65_HS1-834228961_62-HQ-83894_Section_6
Agency: FBI
Page 8
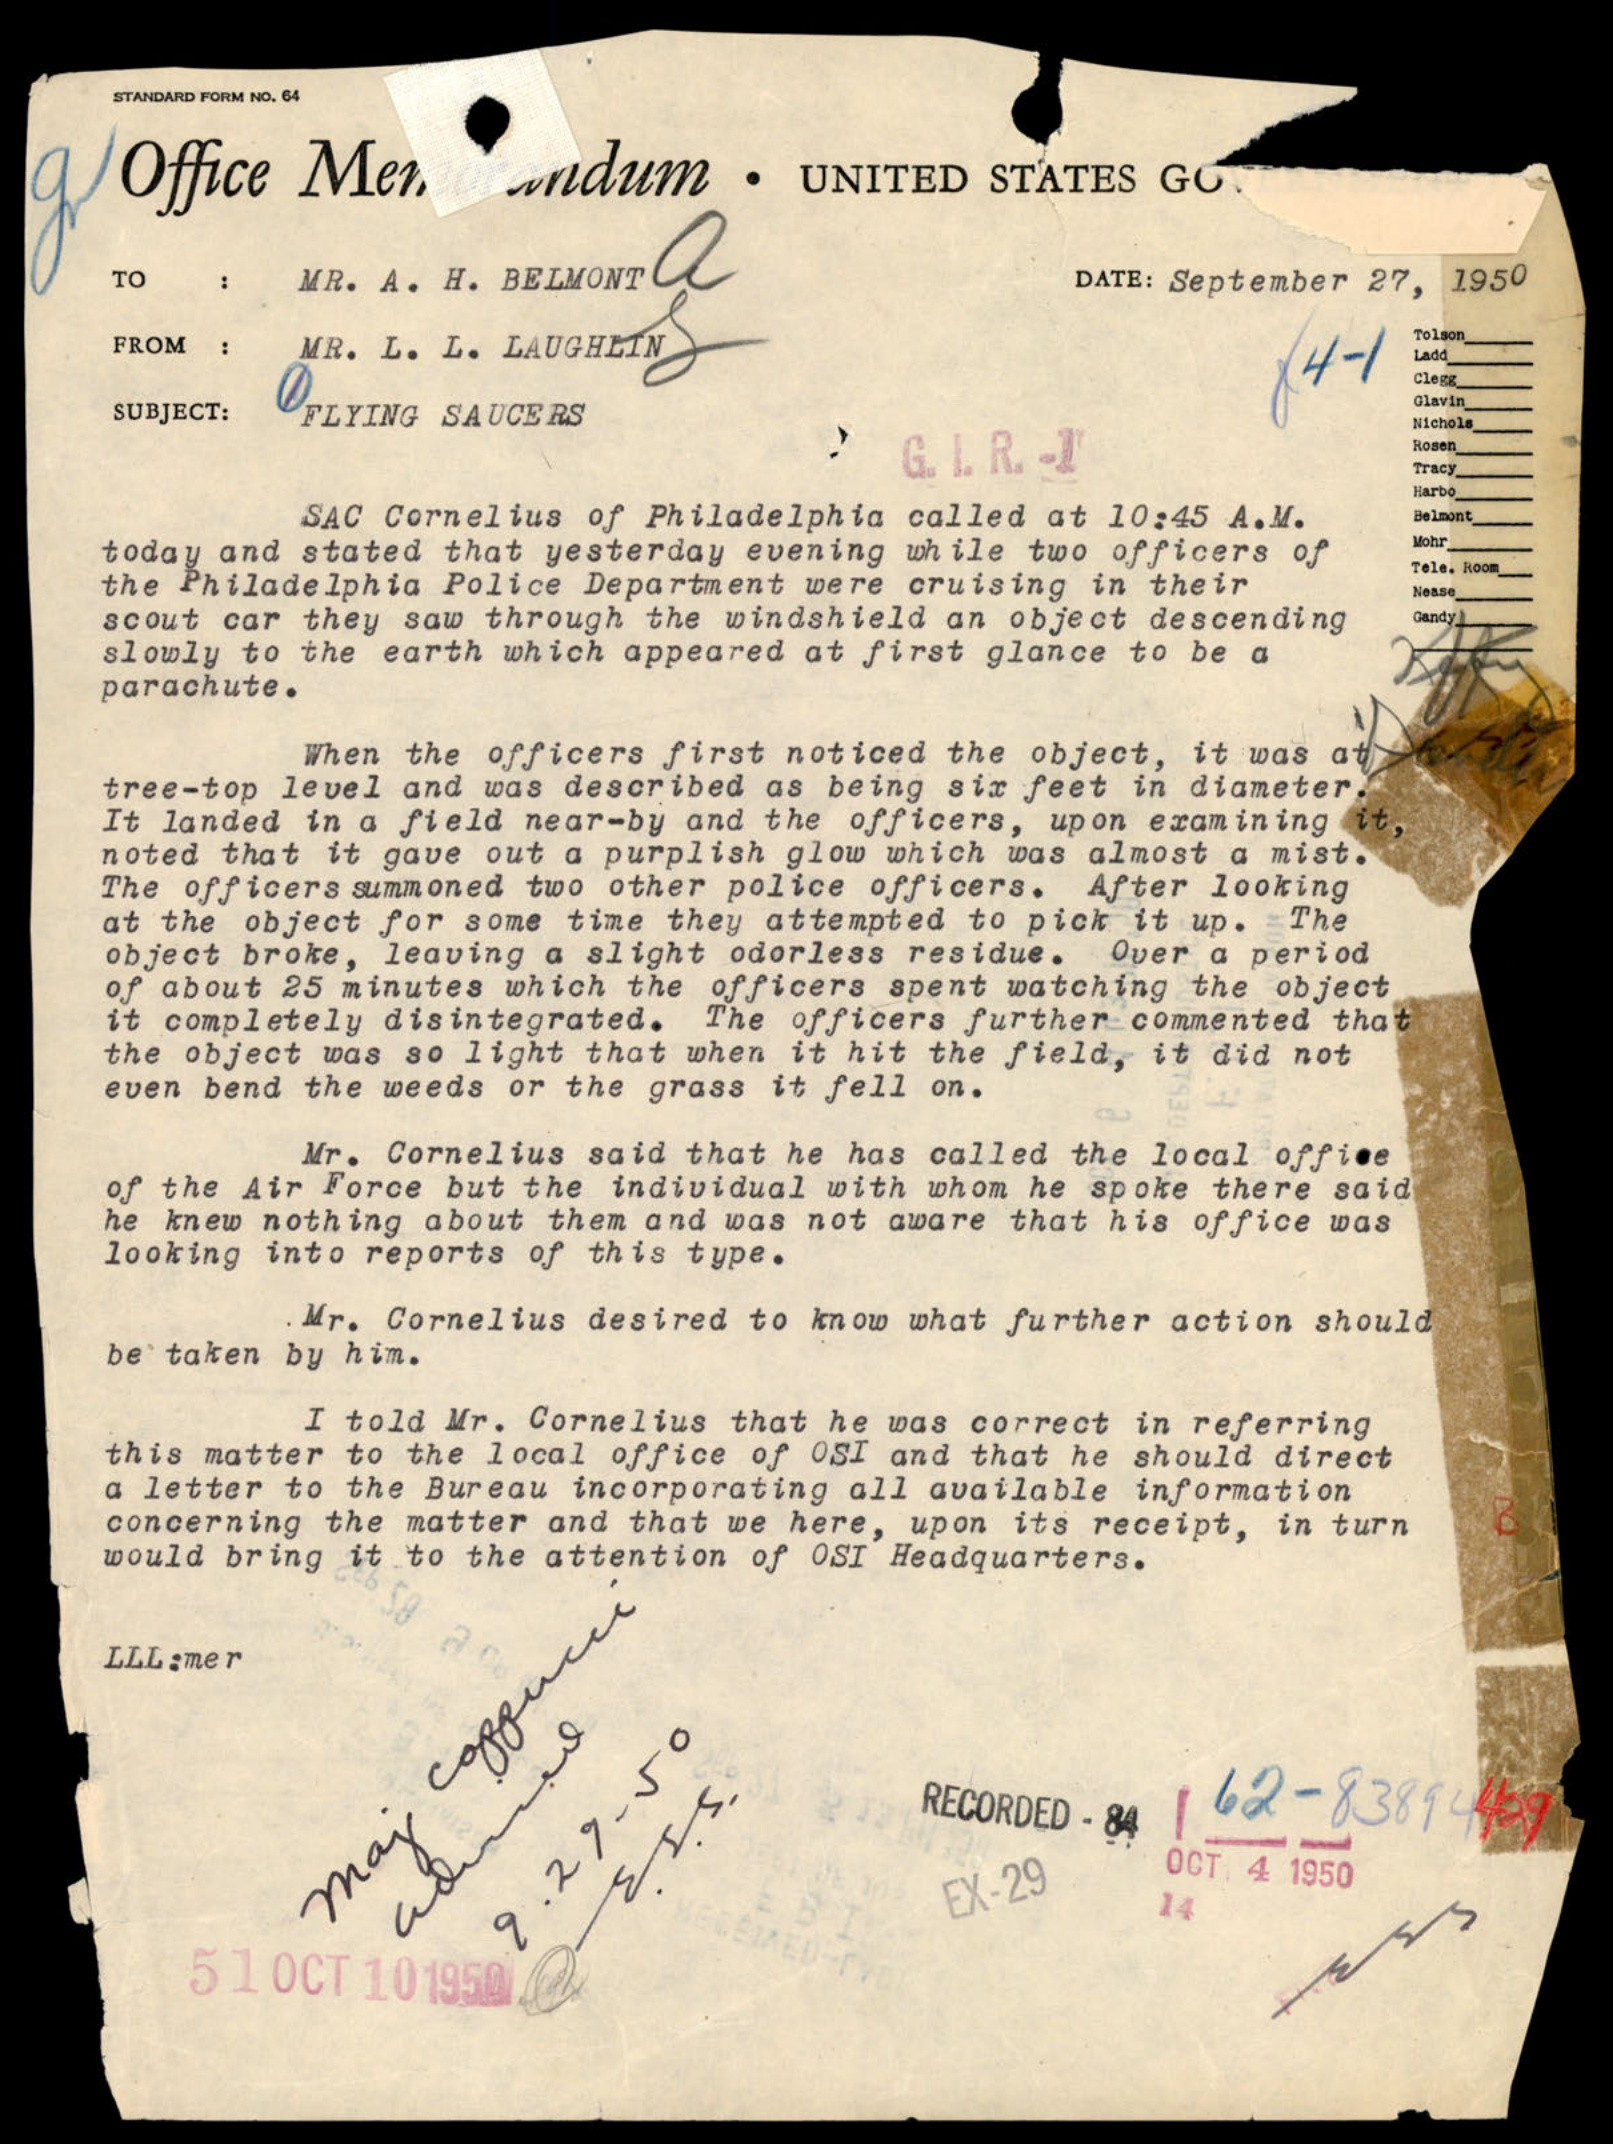